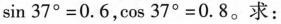
$$\sin37^{\circ}=0.6$$，$$\cos 37^{\circ}=0.8$$。求：